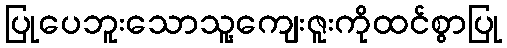
ပြုပေဘူးသောသူ့ကျေးဇူးကိုထင်စွာပြု